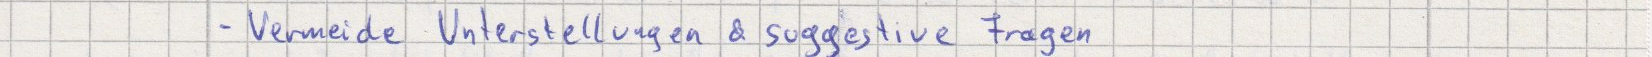
- Vermeide Unterstellungen & suggestive Fragen